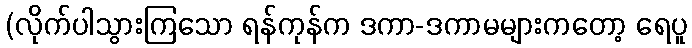
(လိုက်ပါသွားကြသော ရန်ကုန်က ဒကာ-ဒကာမများကတော့ ရေပူ